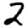
Digit: 2